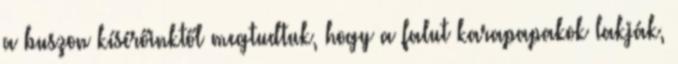
a buszon kísérőinktől megtudtuk, hogy a falut karapapakok lakják,